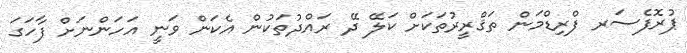
ޕުރޮފެސަރ ފްރިޑްމަން ތަޤްރީރުތަކަށް ކަލޭ ދޭ ރައްދުތަކުން އެކަން ވަނީ އަހަންނަށް ފާހަގަ